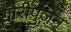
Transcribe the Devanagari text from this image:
गौरीपुजन